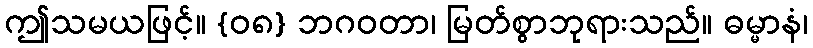
ဤသမယဖြင့်။ {၀၈} ဘဂဝတာ၊ မြတ်စွာဘုရားသည်။ ဓမ္မာနံ၊